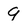
Character: 9